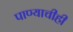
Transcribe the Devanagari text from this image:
पाण्याचीही